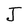
Character: J